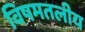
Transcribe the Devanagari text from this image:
विषमतलीय